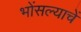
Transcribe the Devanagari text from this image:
भोंसल्याचें